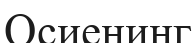
Осиенинг